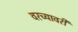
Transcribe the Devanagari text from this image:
वरच्यावरी